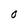
Character: 0